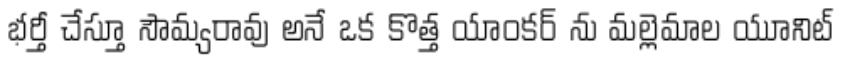
భర్తీ చేస్తూ సౌమ్యరావు అనే ఒక కొత్త యాంకర్ ను మల్లెమాల యూనిట్